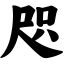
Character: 咫